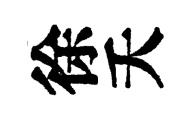
徐夭